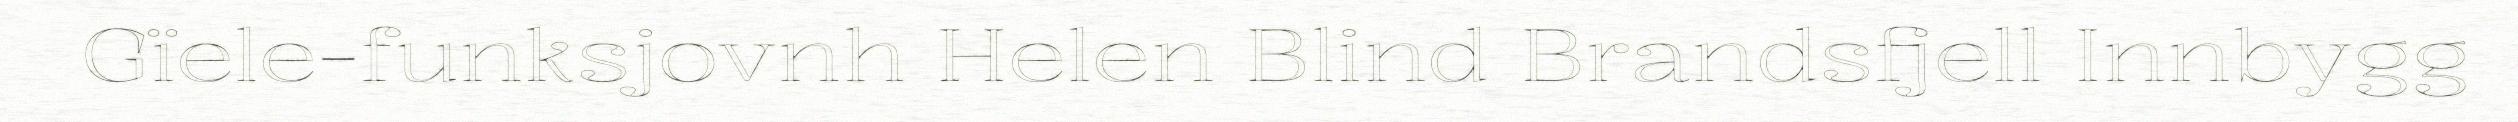
Gïele-funksjovnh Helen Blind Brandsfjell Innbygg